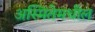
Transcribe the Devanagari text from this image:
अस्मितेमधील